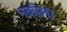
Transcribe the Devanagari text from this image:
नकीला